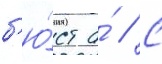
б'ю́ст а́ // С